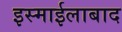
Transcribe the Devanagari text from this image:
इस्माईलाबाद